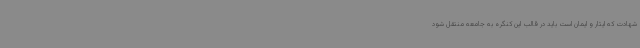
شهادت که ایثار و ایمان است باید در قالب این کنگره به جامعه منتقل شود